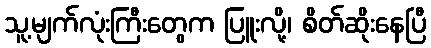
သူ့မျက်လုံးကြီးတွေက ပြူးလို့၊ စိတ်ဆိုးနေပြီ